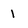
Character: 1